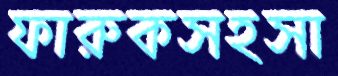
ফারুকসহসা